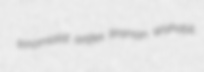
trinomialist artifex tinsman Wahabit